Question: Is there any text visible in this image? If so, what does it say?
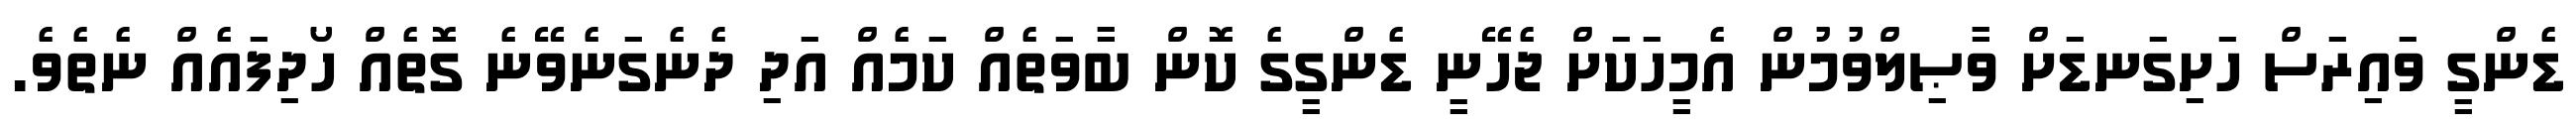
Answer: ޑެންގީ ވައިރަސް ހަށިގަނޑަށް ވާޞިލްވުމުން އެމީހަކަށް ޖެހޭނީ ޑެންގީގެ ކޮން ބާވަތެއް ކަމެއް އަދި ދެނެގަނެވޭނެ ގޮތެއް ހޯދިފައެއް ނެތެވެ.